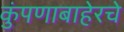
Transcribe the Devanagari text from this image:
कुंपणाबाहेरचे